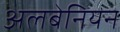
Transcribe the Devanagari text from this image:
अलबेनियन